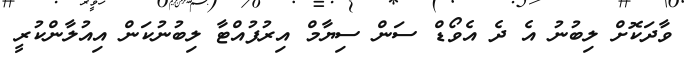
ވާދަކޮށް ލިބުނު އެ ދެ އެވޯޑް ސަން ސިޔާމް އިރުފުއްޓާ ލިބުނުކަން އިއުލާންކުރީ